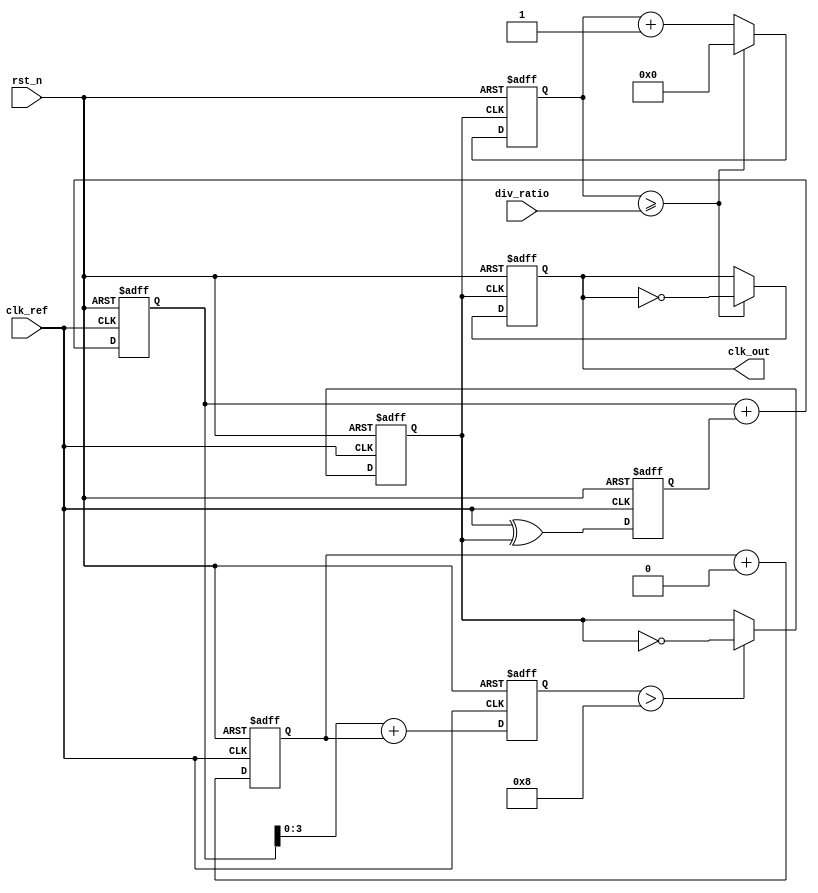
module dual_loop_pll (
    input wire clk_ref,          // Reference clock input
    input wire rst_n,           // Active low reset
    input wire [3:0] div_ratio, // Programmable division ratio
    output reg clk_out          // Output clock
);

// Parameters
parameter N_FINE = 4;         // Fine loop filter size
parameter N_COARSE = 8;       // Coarse loop filter size

// Internal signals
reg [N_FINE-1:0] fine_filter; // Fine loop filter output
reg [N_COARSE-1:0] coarse_filter; // Coarse loop filter output
reg [N_FINE-1:0] vco_control;  // Control voltage for VCO
reg [31:0] counter;             // Counter for frequency division
reg phase_error;                // Phase error signal
reg clk_vco;                    // VCO output clock

// Phase Detector
always @(posedge clk_ref or negedge rst_n) begin
    if (!rst_n) begin
        phase_error <= 0;
    end else begin
        // Simple phase detection logic (XOR for simplicity)
        phase_error <= clk_ref ^ clk_vco;
    end
end

// Loop Filter (Coarse and Fine)
always @(posedge clk_ref or negedge rst_n) begin
    if (!rst_n) begin
        coarse_filter <= 0;
        fine_filter <= 0;
    end else begin
        // Coarse loop filter (simple integration)
        coarse_filter <= coarse_filter + phase_error;

        // Fine loop filter (more responsive)
        fine_filter <= fine_filter + (phase_error >> 1);
    end
end

// Voltage-Controlled Oscillator (VCO)
always @(posedge clk_ref or negedge rst_n) begin
    if (!rst_n) begin
        vco_control <= 0;
        clk_vco <= 0;
    end else begin
        // Control voltage adjustment based on filters
        vco_control <= coarse_filter + fine_filter;

        // VCO clock generation (simple frequency modulation)
        if (vco_control > 8) begin
            clk_vco <= ~clk_vco; // Toggle VCO clock
        end
    end
end

// Frequency Divider
always @(posedge clk_vco or negedge rst_n) begin
    if (!rst_n) begin
        counter <= 0;
        clk_out <= 0;
    end else begin
        counter <= counter + 1;
        if (counter >= div_ratio) begin
            clk_out <= ~clk_out; // Toggle output clock
            counter <= 0;        // Reset counter
        end
    end
end

endmodule